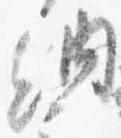
納